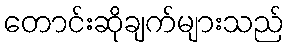
တောင်းဆိုချက်များသည်